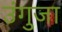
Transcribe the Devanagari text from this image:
उंगुजा